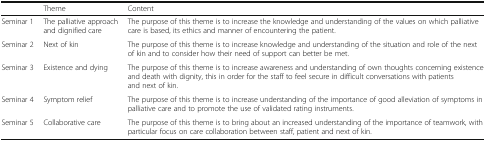
<table><thead><tr><td></td><td><b>Theme</b></td><td><b>Content</b></td></tr></thead><tbody><tr><td>Seminar 1</td><td>The palliative approach and dignified care</td><td>The purpose of this theme is to increase the knowledge and understanding of the values on which palliative care is based, its ethics and manner of encountering the patient.</td></tr><tr><td>Seminar 2</td><td>Next of kin</td><td>The purpose of this theme is to increase knowledge and understanding of the situation and role of the next of kin and to consider how their need of support can better be met.</td></tr><tr><td>Seminar 3</td><td>Existence and dying</td><td>The purpose of this theme is to increase awareness and understanding of own thoughts concerning existence and death with dignity, this in order for the staff to feel secure in difficult conversations with patients and next of kin.</td></tr><tr><td>Seminar 4</td><td>Symptom relief</td><td>The purpose of this theme is to increase understanding of the importance of good alleviation of symptoms in palliative care and to promote the use of validated rating instruments.</td></tr><tr><td>Seminar 5</td><td>Collaborative care</td><td>The purpose of this theme is to bring about an increased understanding of the importance of teamwork, with particular focus on care collaboration between staff, patient and next of kin.</td></tr></tbody></table>